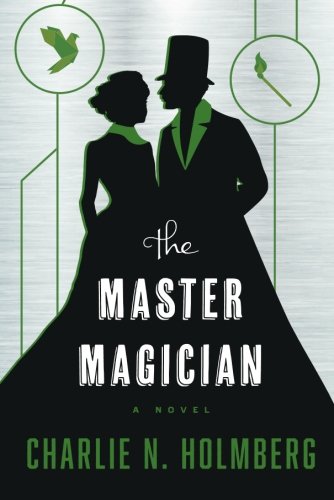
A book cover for The Master Magician (The Paper Magician Series); Charlie N. Holmberg; Science Fiction & Fantasy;